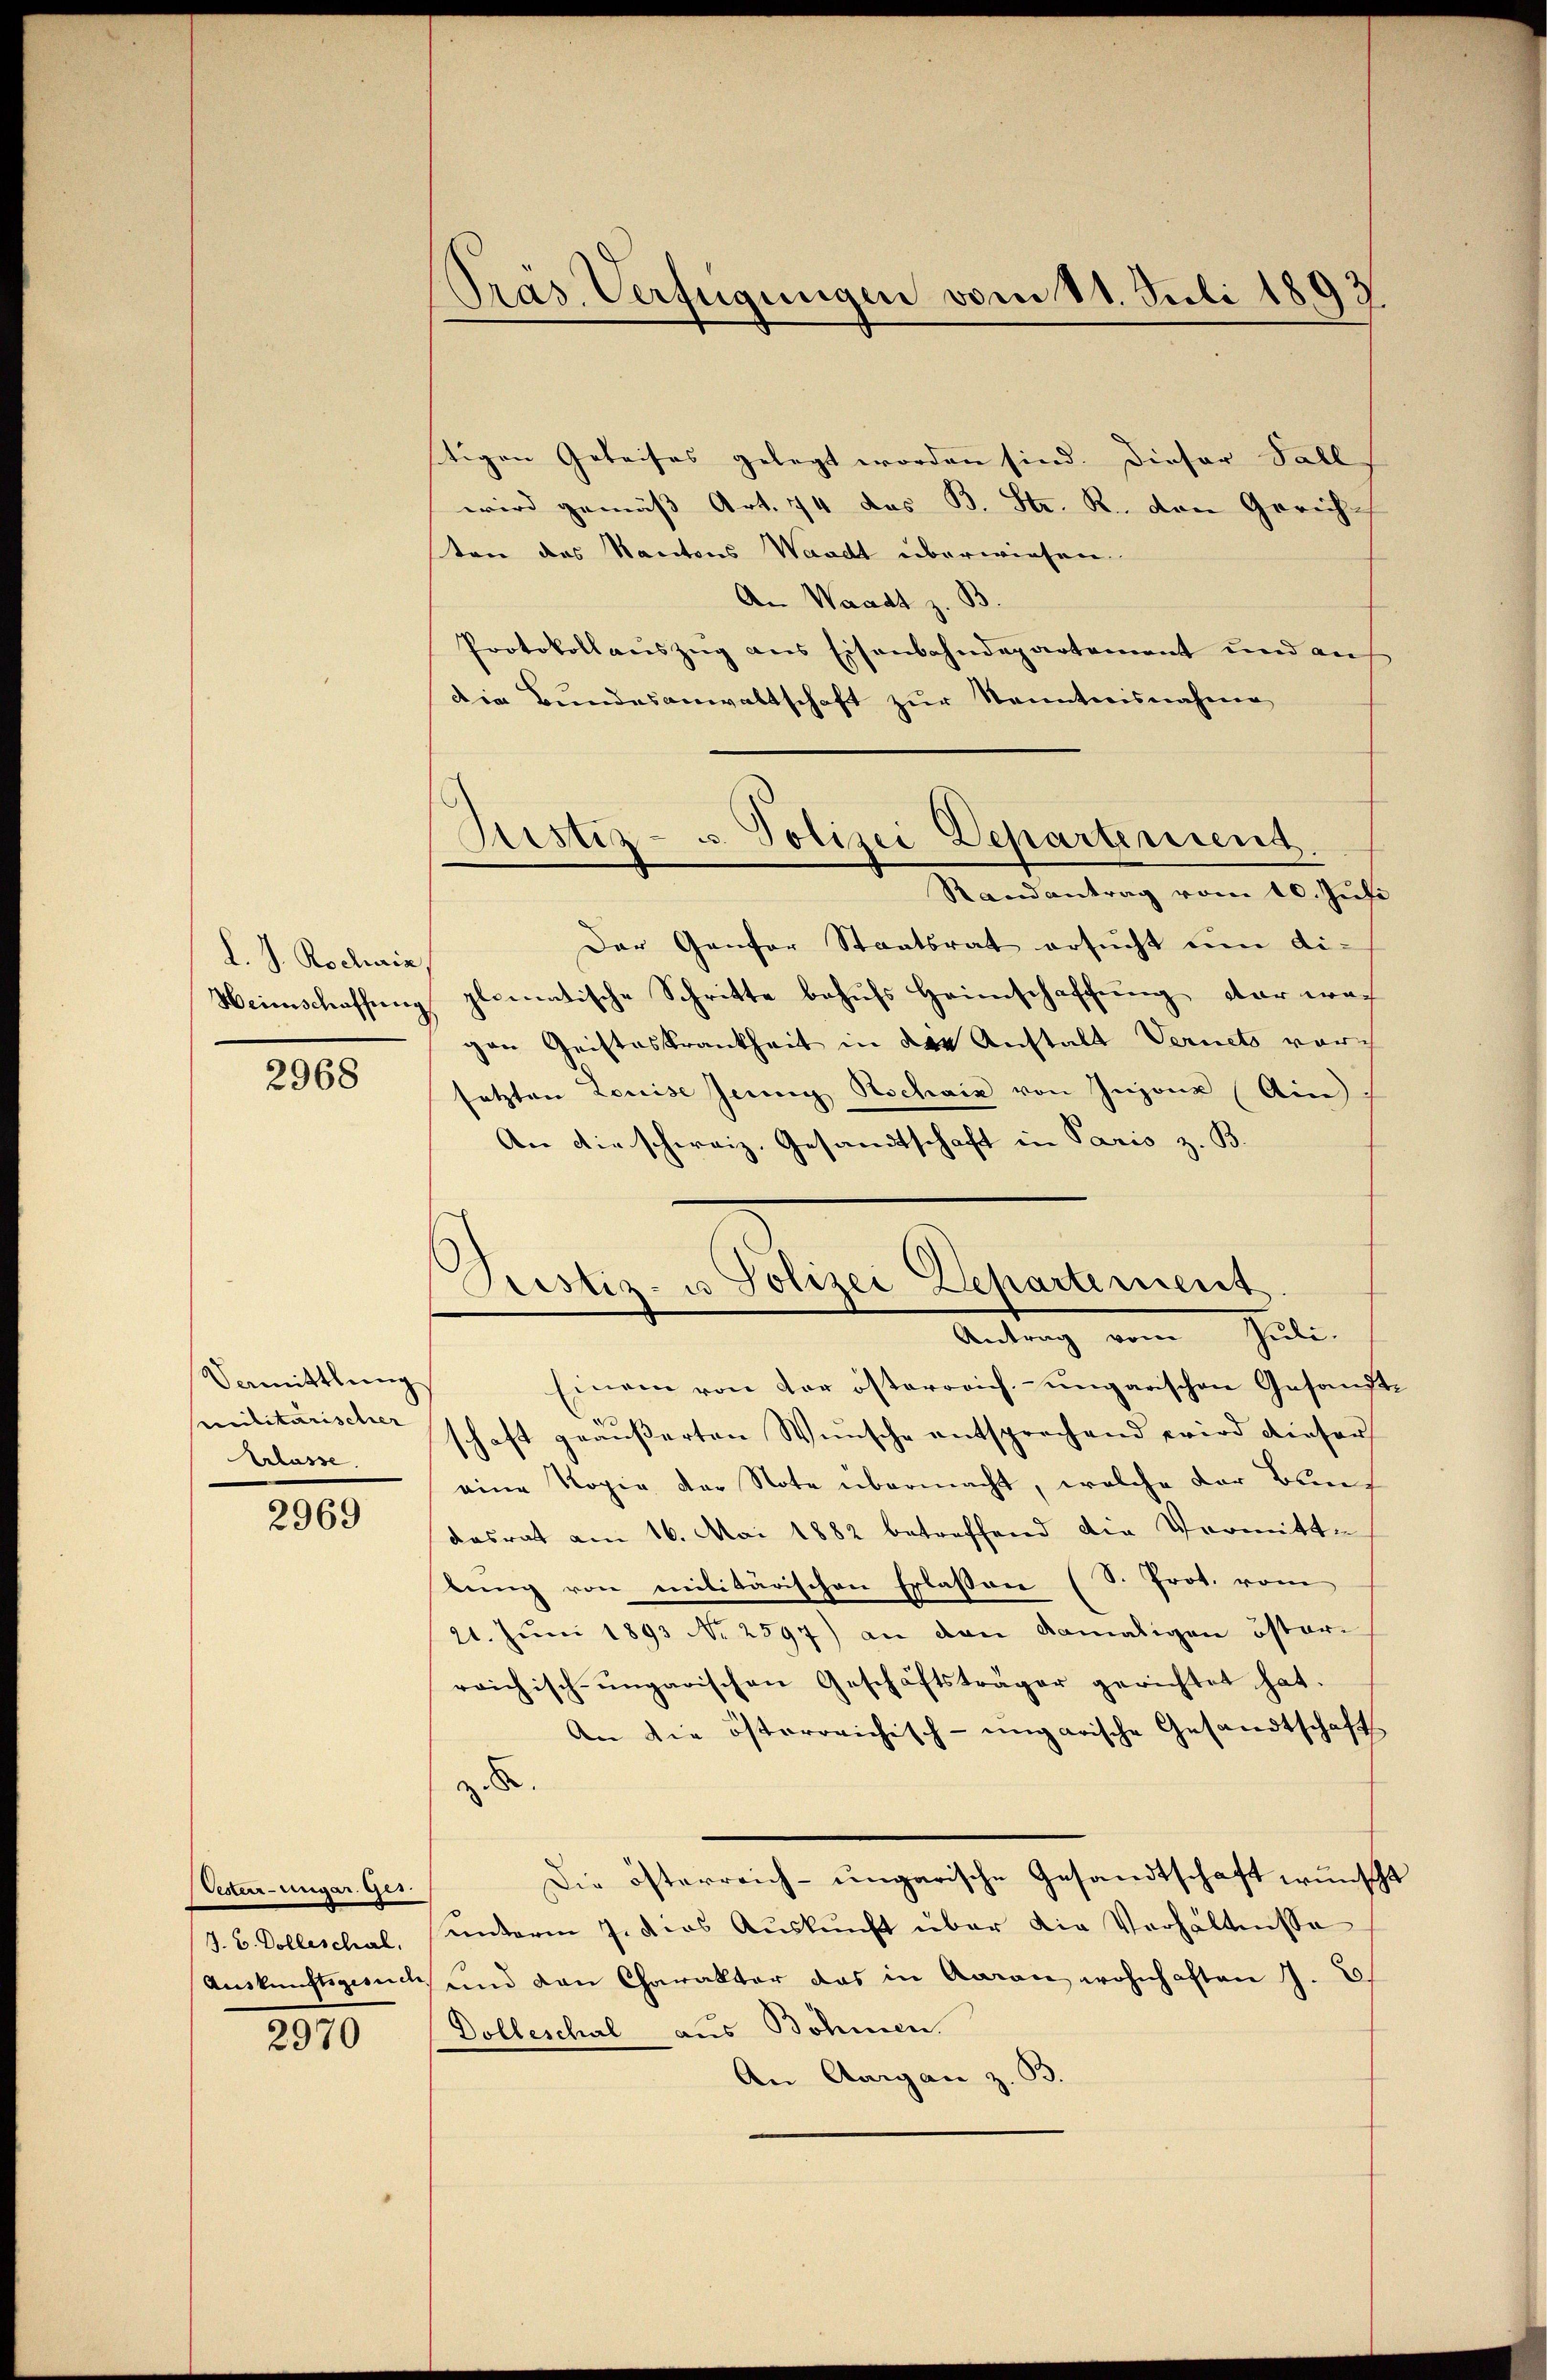
L. J. Rochnia
Heimschaffung

2968

Vemittlung
Militarischer
Erlasse

2969

Vesterr-ungar. Ges.
J. B. Dolleschal
Auskunftsgesuche

2970

Prás Verfügungen vom 11. Juli 1893.

stigen Geleises gelegt worden sind. Dieser Fall
wird gemäß Art. 74 des B. Str. R. von Gerich
sten des Kantons Waadt überwiesen.
An Waadt z. B.
Protokollauszug aus Eisenbahndepartement und an
Die Bundesanwaltschaft zur Kenntnisnahme
Justiz- u. Polizei Departement
Randantrag vom 10. Juli
Der Ganter Staatsrat ersucht um di-
plomatische Schritte behufs Heimschaffung der war
gen Geisteskrankheit in der Anstalt Vernets vor
setzten Louise Jenny Rschnik von Injone (Ain
An die schweiz. Gesandtschaft in Paris z. B.

Prestiz- u. Polizei Dehartement
Antrag vom Juli.

Einem von der österreich, ungarischen Gesandtschaft geäußerten Wünsche entsprechend wird dieser
eine Kopie der Note übermacht, welche der Bundasrat am 16. Mai 1882 betreffend die Vermitte
lung von militärischen Erlassen (S. Prot. vom
21. Juni 1893 No 2597) an den damaligen östere
reichisch-ungarischen Geschäftsträger gerichtet hat.
An die österreichisch-ungarische Gesandtschaft
z. B.
Die österreich-ungarische Gesandtschaft wünscht
unterm 7. ders Auskunft über die Verhältnisse
und den Charakter das in Aaran wohnhaften J. C.
Dolleschal aus Böhmen.
An Aargau z. B.